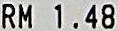
RM 1.48